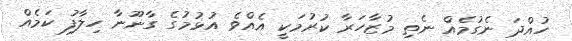
ހުއްދަ ނެގުމެއް ނެތި މުޒާހަރާ ކުރުމަކީ އެއްވެ އުޅުމުގެ ގާނޫނާ ހިލާފު ކަމެއް